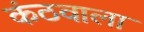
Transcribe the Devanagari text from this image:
कंठवाला